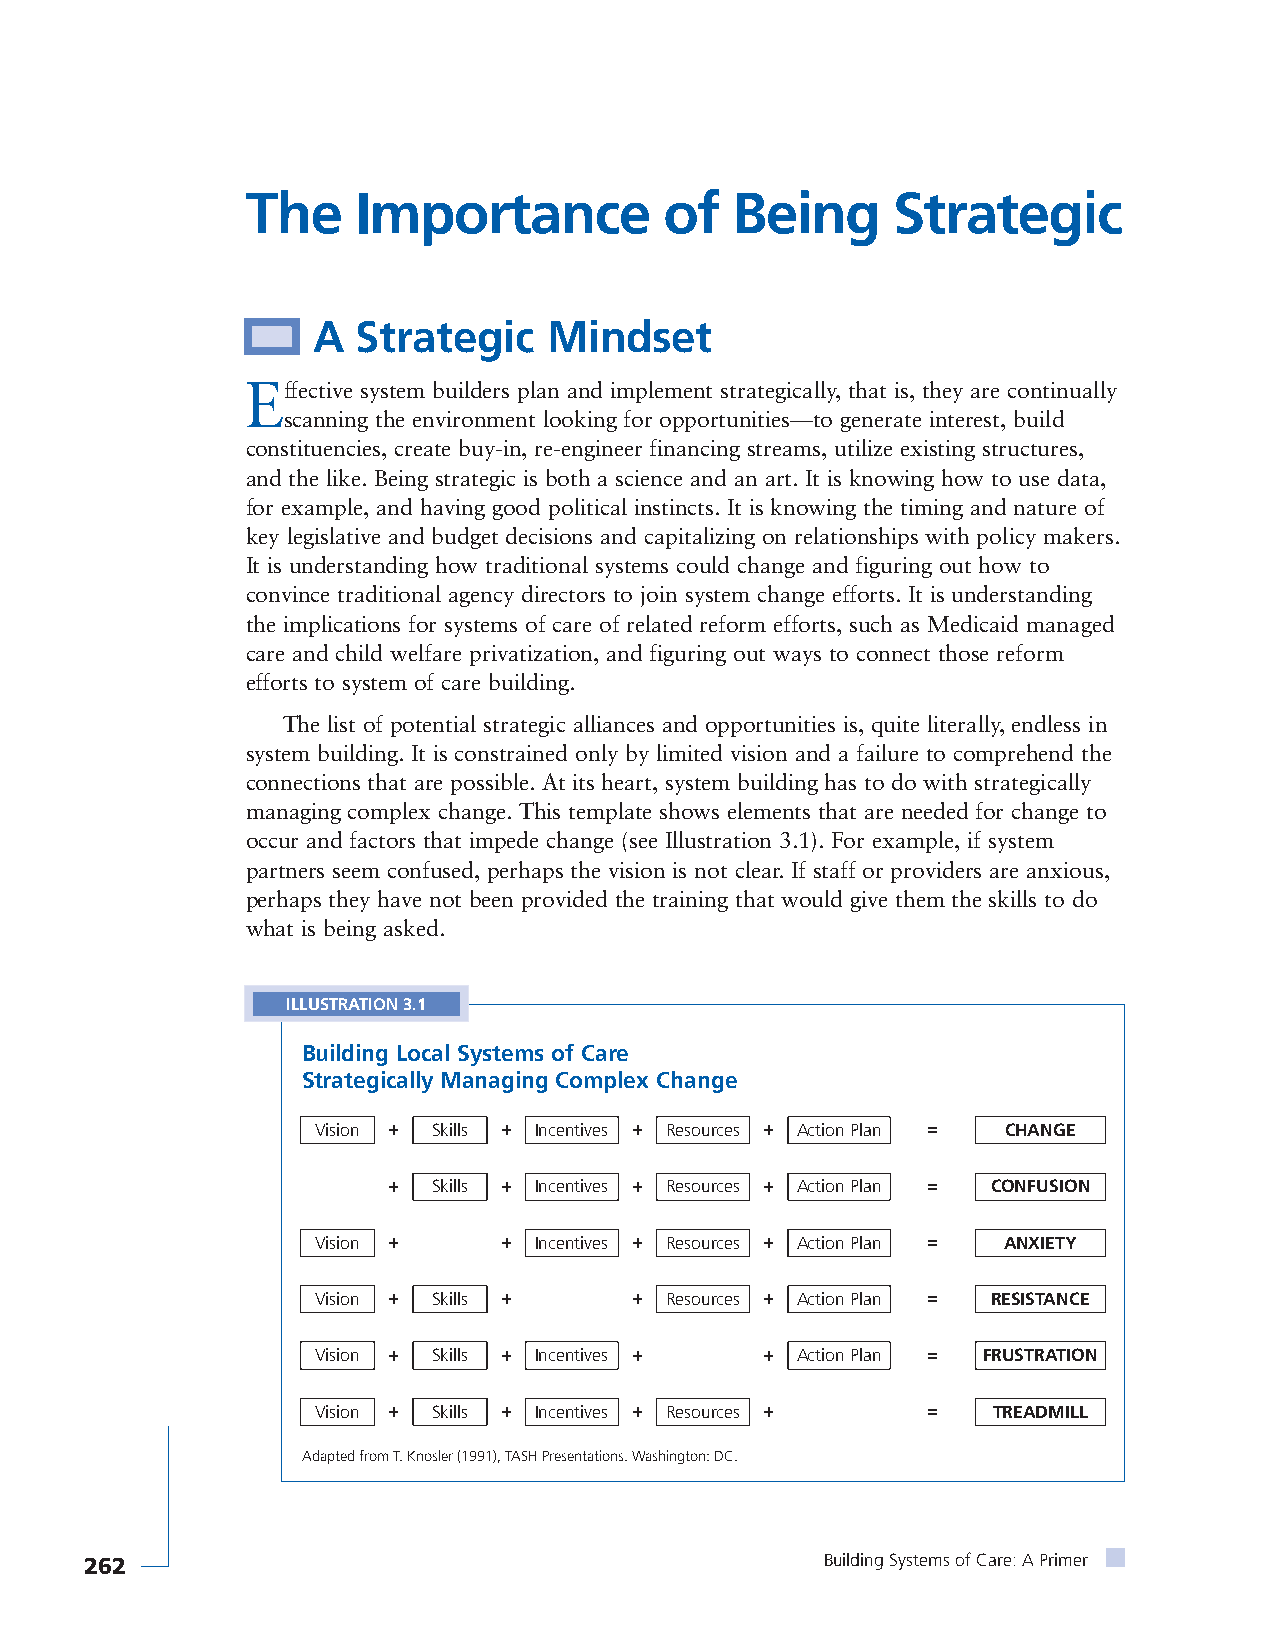
The     Importance          of  Being      Strategic
 A  Strategic   Mindset
 Effective system builders plan and implement strategically, that is, they are continually
 scanning the environment looking for opportunities—to generate interest, build
 constituencies, create buy-in, re-engineer financing streams, utilize existing structures,
 and the like. Being strategic is both a science and an art. It is knowing how to use data,
 for example, and having good political instincts. It is knowing the timing and nature of
 key legislative and budget decisions and capitalizing on relationships with policy makers.
 It is understanding how traditional systems could change and figuring out how to
 convince traditional agency directors to join system change efforts. It is understanding
 the implications for systems of care of related reform efforts, such as Medicaid managed
 care and child welfare privatization, and figuring out ways to connect those reform
 efforts to system of care building.
 The list of potential strategic alliances and opportunities is, quite literally, endless in
 system building. It is constrained only by limited vision and a failure to comprehend the
 connections that are possible. At its heart, system building has to do with strategically
 managing complex change. This template shows elements that are needed for change to
 occur and factors that impede change (see Illustration 3.1). For example, if system
 partners seem confused, perhaps the vision is not clear. If staff or providers are anxious,
 perhaps they have not been provided the training that would give them the skills to do
 what is being asked.
 ILLUSTRATION 3.1
 Building Local Systems of Care
 Strategically Managing Complex Change
 Vision + Skills + Incentives + Resources + Action Plan = CHANGE
 +  Skills + Incentives + Resources + Action Plan = CONFUSION
 Vision +    + Incentives + Resources + Action Plan = ANXIETY
 Vision + Skills +    + Resources + Action Plan = RESISTANCE
 Vision + Skills + Incentives + + Action Plan = FRUSTRATION
 Vision + Skills + Incentives + Resources + = TREADMILL
 Adapted from T. Knosler (1991), TASH Presentations. Washington: DC.
 262                                              Building Systems of Care: A Primer